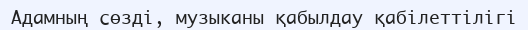
Адамның сөзді, музыканы қабылдау қабілеттілігі